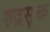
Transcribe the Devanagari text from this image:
रुद्रसूक्त